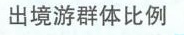
出境游群体比例